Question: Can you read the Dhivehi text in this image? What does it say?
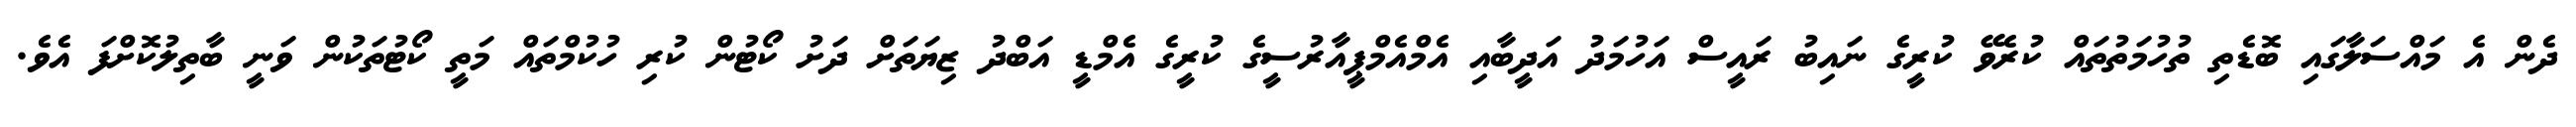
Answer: ދެން އެ މައްސަލާގައި ބޮޑެތި ތުހުމަތުތައް ކުރެވޭ ކުރީގެ ނައިބު ރައީސް އަހުމަދު އަދީބާއި އެމްއެމްޕީއާރުސީގެ ކުރީގެ އެމްޑީ އަބްދު ޒިޔަތަށް ދަށު ކޯޓުން ކުރި ހުކުމްތައް މަތީ ކޯޓުތަކުން ވަނީ ބާތިލުކޮށްފަ އެވެ.